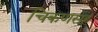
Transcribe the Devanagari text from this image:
चिकणसह